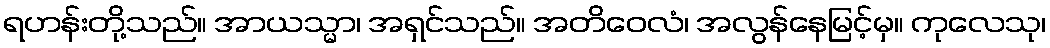
ရဟန်းတို့သည်။ အာယသ္မာ၊ အရှင်သည်။ အတိဝေလံ၊ အလွန်နေမြင့်မှ။ ကုလေသု၊